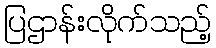
ပြဌာန်းလိုက်သည့်